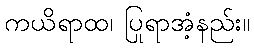
ကယိရာထ၊ ပြုရာအံ့နည်း။